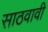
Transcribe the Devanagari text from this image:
साठवावी